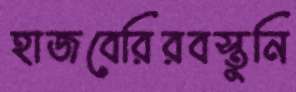
হাজবেরিরবস্তুনি